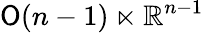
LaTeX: {\mathsf{O}}(n-1)\ltimes\mathbb{R}^{n-1}